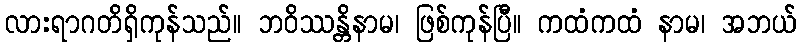
လားရာဂတိရှိကုန်သည်။ ဘဝိဿန္တိနာမ၊ ဖြစ်ကုန်ပြီ။ ကထံကထံ နာမ၊ အဘယ်